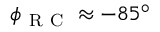
\phi _ { \mathrm { ~ R ~ C ~ } } \approx - 8 5 ^ { \circ }